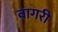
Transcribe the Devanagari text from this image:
वागरी